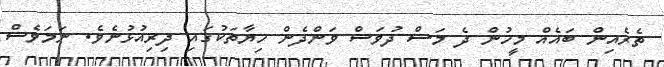
ތެރެއިން ބައެއް މީހުން ދެ މަސް ދުވަސް ވަންދެން ހިޔާތަކުގައި ދިރިއުޅުނެވެ. ނަމަވެސް